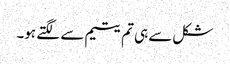
شکل سے ہی تم یتیم سے لگتے ہو۔